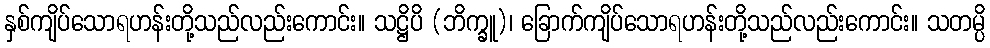
နှစ်ကျိပ်သောရဟန်းတို့သည်လည်းကောင်း။ သဋ္ဌိပိ (ဘိက္ခူ)၊ ခြောက်ကျိပ်သောရဟန်းတို့သည်လည်းကောင်း။ သတမ္ပိ